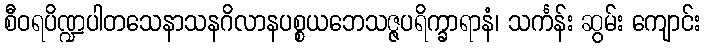
စီဝရပိဏ္ဍပါတသေနာသနဂိလာနပစ္စယဘေသဇ္ဇပရိက္ခာရာနံ၊ သင်္ကန်း ဆွမ်း ကျောင်း